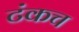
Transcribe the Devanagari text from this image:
टंकच